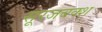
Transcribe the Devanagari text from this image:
सूरजबक्श